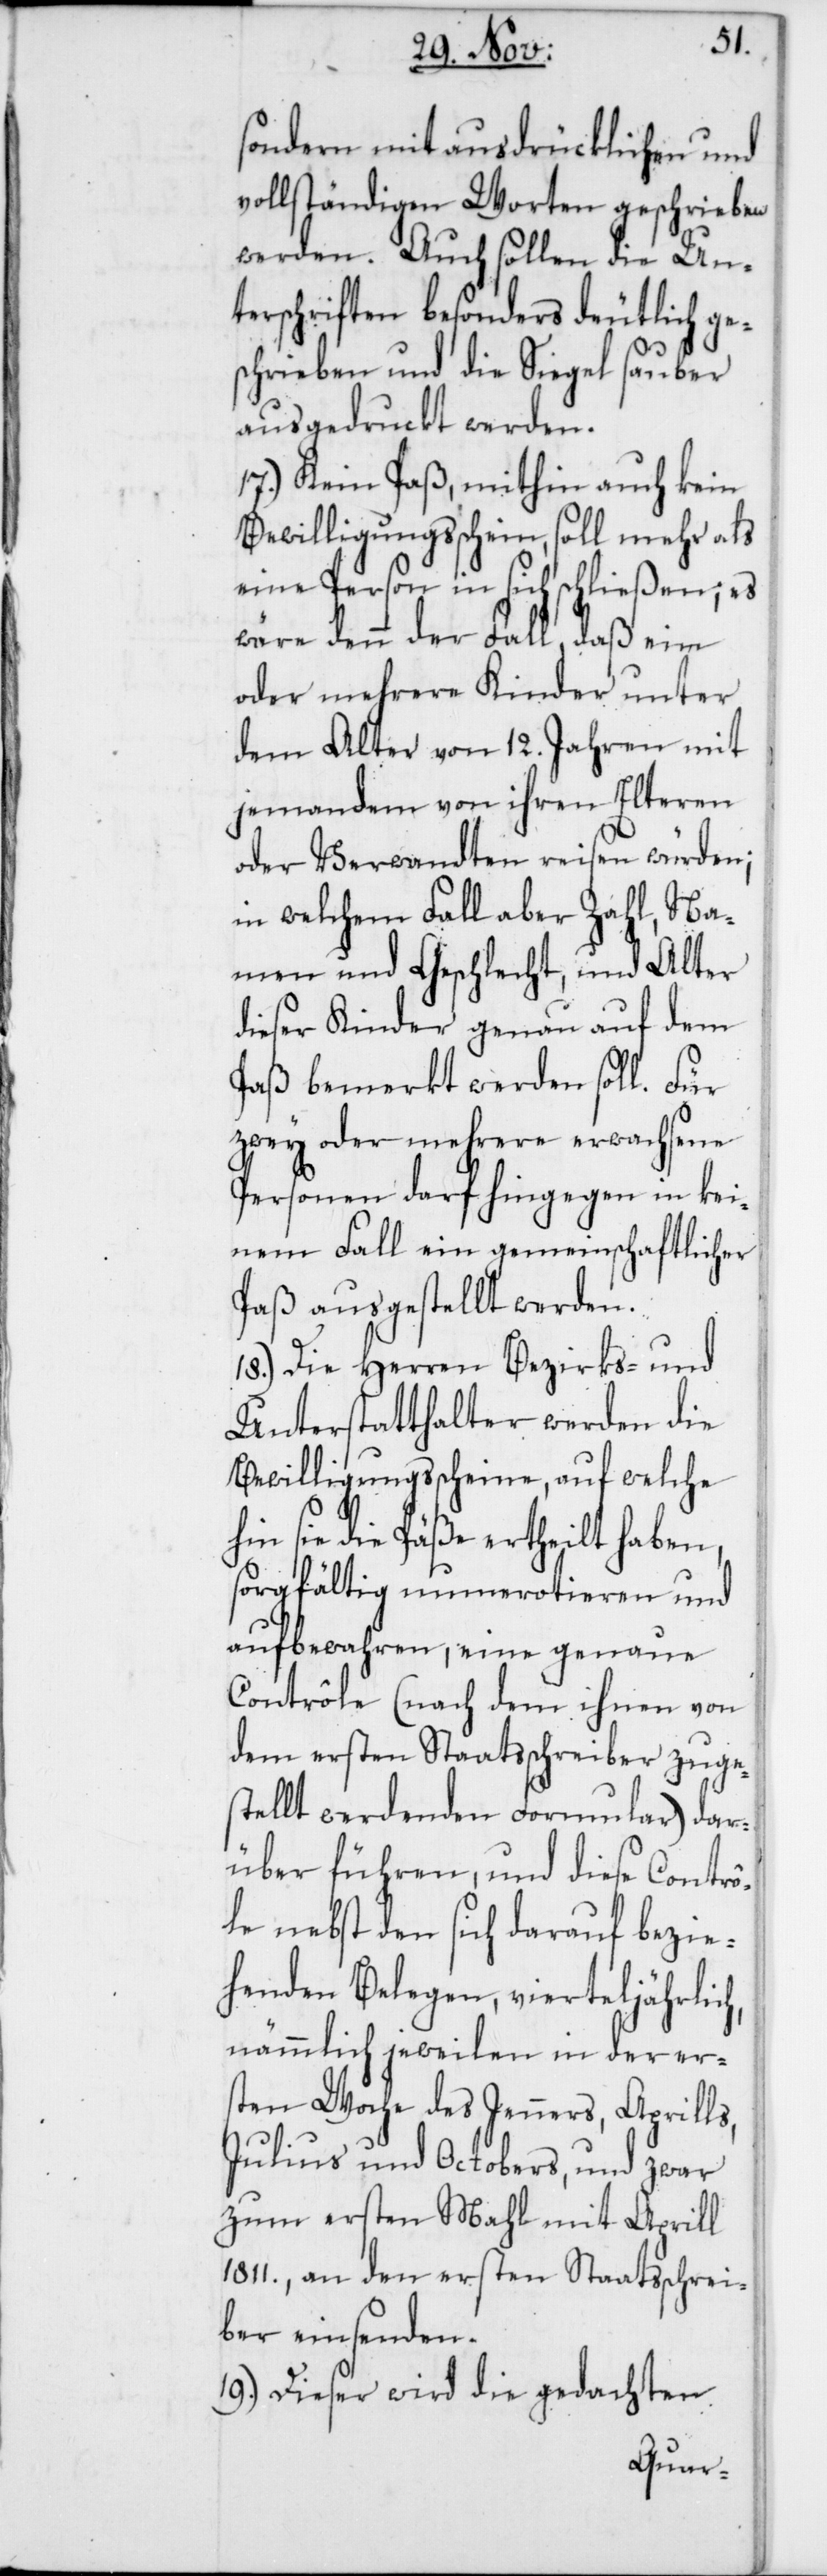
sondern mit ausdrücklichen und
vollständigen Worten geschrieben
werden. Auch sollen die Un¬
terschriften besonders deutlich ge¬
schrieben und die Siegel sauber
ausgedruckt werden.
17.) Kein Paß, mithin auch kein
Bewilligungsschein, soll mehr als
eine Person in sich schließen; es
wäre denn der Fall, daß ein
oder mehrere Kinder unter
dem Alter von 12. Jahren mit
jemandem von ihren Elteren
oder Verwandten reisen würden;
in welchem Fall aber Zahl, Na¬
men und Geschlecht und Alter
dieser Kinder genau auf dem
Paß bemerkt werden soll. Für
zwey oder mehrere erwachsene
Personen darf hingegen in kei¬
nem Fall ein gemeinschaftlicher
Paß ausgestellt werden.
18.) Die Herren Bezirks- und
Unterstatthalter werden die
Bewilligungsscheine, auf welche
hin sie die Päße ertheilt haben,
sorgfältig numerotieren und
aufbewahren, eine genaue
Contrôle (nach dem ihnen von
dem ersten Staatsschreiber zuges¬
tellt werdenden Formular) dar¬
über führen, und diese Contrô¬
le nebst den sich darauf bezie¬
henden Belegen, vierteljährlich,
nämmlich jeweilen in der er¬
sten Woche des Jenners, Aprills,
Julius und Octobers, und zwar
zum ersten Mahl mit Aprill
1811., an den ersten Staatsschrei¬
ber einsenden.
19.) Dieser wird die gedachten